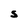
Character: S